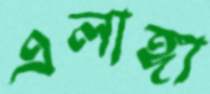
এলাঙ্গা